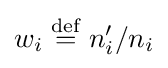
w_{i}\;{\stackrel {\mathrm {def} }{=}}\;n_{i}'/n_{i}